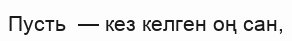
Пусть  — кез келген оң сан,